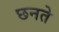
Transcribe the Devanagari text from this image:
छनते